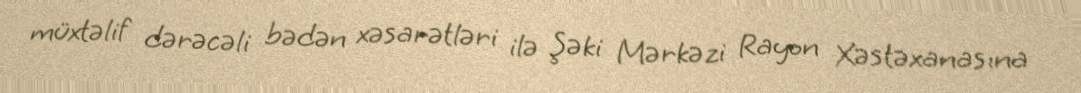
müxtəlif dərəcəli bədən xəsarətləri ilə Şəki Mərkəzi Rayon Xəstəxanasına